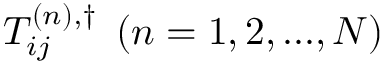
{ T _ { i j } ^ { \left( n \right) , \dag } } \; \left( { n = 1 , 2 , . . . , N } \right)